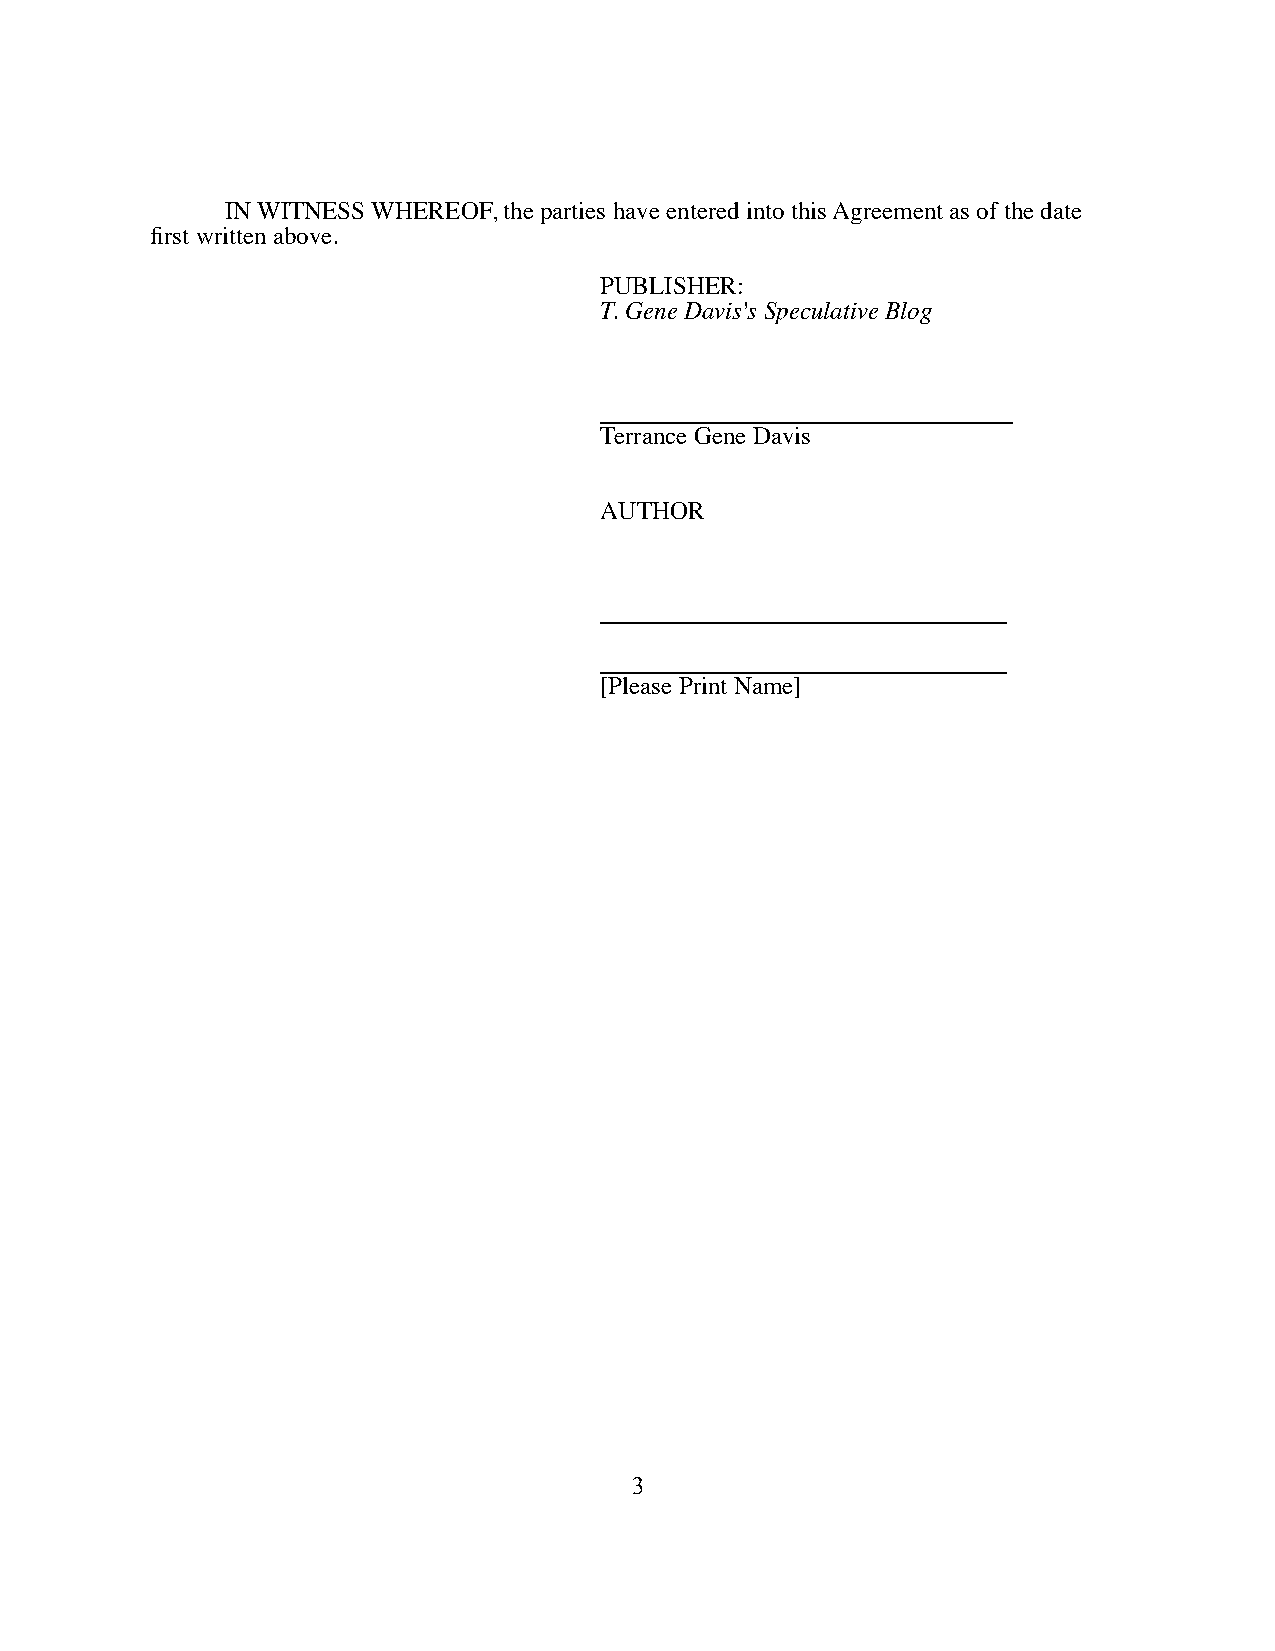
IN WITNESS WHEREOF, the parties have entered into this Agreement as of the date
 first written above.
 PUBLISHER:
 T. Gene Davis's Speculative Blog
 Terrance Gene Davis
 AUTHOR
 [Please Print Name]
 3